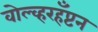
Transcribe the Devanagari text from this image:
वोल्व्हरहँप्टन